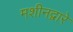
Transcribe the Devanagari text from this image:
मशीनद्वारे